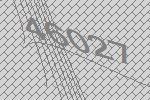
46027